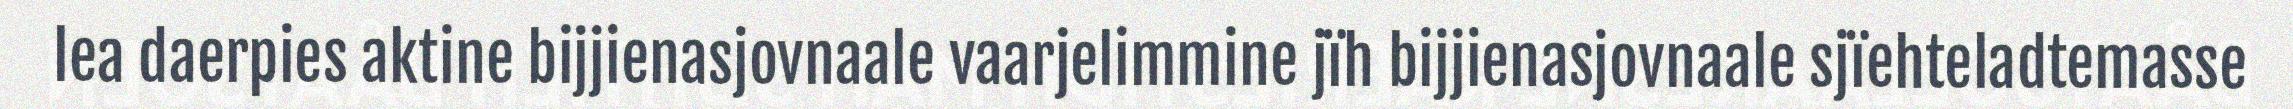
lea daerpies aktine bijjienasjovnaale vaarjelimmine jïh bijjienasjovnaale sjïehteladtemasse